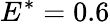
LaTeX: E^{*}=0.6